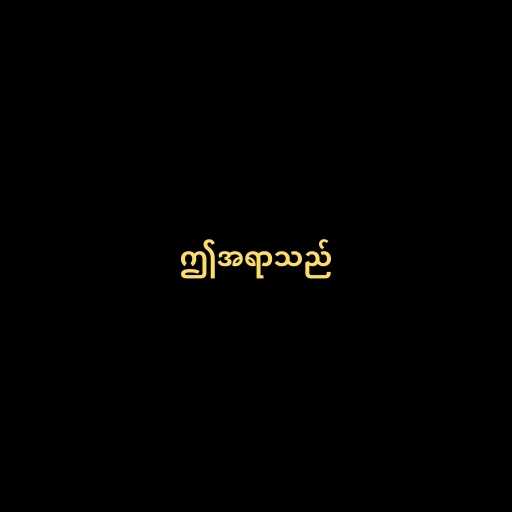
ဤအရာသည်